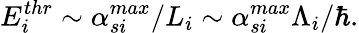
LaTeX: E_{i}^{thr}\sim\alpha_{si}^{max}/L_{i}\sim\alpha_{si}^{max}\Lambda_{i}/\hbar.